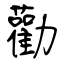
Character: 勸